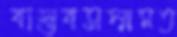
বাস্তবসম্মমত